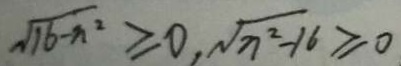
\sqrt { 1 6 - n ^ { 2 } } \geq 0 , \sqrt { n ^ { 2 } - 1 6 } \geq 0